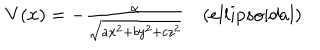
LaTeX: \begin{array} { c } { { V ( { \bf x } ) = - { \frac { \alpha } { \sqrt { a x ^ { 2 } + b y ^ { 2 } + c z ^ { 2 } } } } \space \space \space \space ( e l l i p s o i d a l ) } } \\ \end{array}